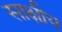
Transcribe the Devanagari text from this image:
साक्षीय